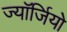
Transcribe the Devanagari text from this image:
ज्यॉर्जियो